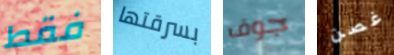
فقط بسرقتها جوف غصن